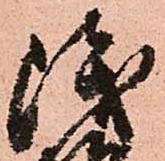
浅